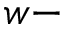
w -